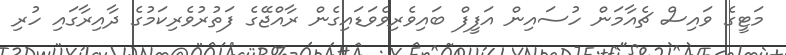
މަޓީގެ ވައިސް ޗެއާމަން ހުސައިން އަފީފް ބައިވެރިވެވަޑައިގެން ރާއްޖޭގެ ފަތުރުވެރިކަމުގެ ދާއިރާގައި ހުރި